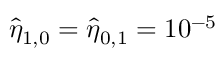
\hat { \eta } _ { 1 , 0 } = \hat { \eta } _ { 0 , 1 } = 1 0 ^ { - 5 }